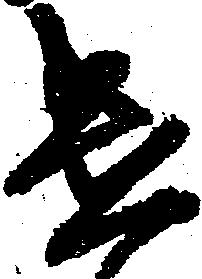
遣